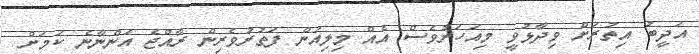
އަދީބު އިތުރަށް ވިދާޅުވީ މިއަހަރުވެސް އެއް މިލިއަން ފަތުރުވެރިން ރާއްޖެ އަންނާނެ ކަމަށް